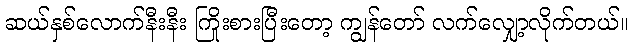
ဆယ်နှစ်လောက်နီးနီး ကြိုးစားပြီးတော့ ကျွန်တော် လက်လျှော့လိုက်တယ်။